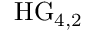
\mathrm { H G } _ { 4 , 2 }